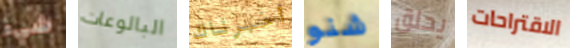
شيء البالوعات أخبرناك شنو يحلق الاقتراحات